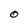
Character: O